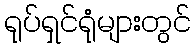
ရုပ်ရှင်ရုံများတွင်